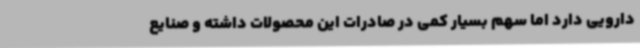
دارویی دارد اما سهم بسیار کمی در صادرات این محصولات داشته و صنایع